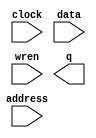
// megafunction wizard: %RAM: 1-PORT%VBB%
// GENERATION: STANDARD
// VERSION: WM1.0
// MODULE: altsyncram 

// ============================================================
// Megafunction Name(s):
// 			altsyncram
//
// Simulation Library Files(s):
// 			altera_mf
// ============================================================
// ************************************************************
// THIS IS A WIZARD-GENERATED FILE. DO NOT EDIT THIS FILE!
//
// 15.0.0 Build 145 04/22/2015 SJ Full Version
// ************************************************************

//Copyright (C) 1991-2015 Altera Corporation. All rights reserved.
//Your use of Altera Corporation's design tools, logic functions 
//and other software and tools, and its AMPP partner logic 
//functions, and any output files from any of the foregoing 
//(including device programming or simulation files), and any 
//associated documentation or information are expressly subject 
//to the terms and conditions of the Altera Program License 
//Subscription Agreement, the Altera Quartus II License Agreement,
//the Altera MegaCore Function License Agreement, or other 
//applicable license agreement, including, without limitation, 
//that your use is for the sole purpose of programming logic 
//devices manufactured by Altera and sold by Altera or its 
//authorized distributors.  Please refer to the applicable 
//agreement for further details.

module ZeroIm (
	address,
	clock,
	data,
	wren,
	q);

	input	[8:0]  address;
	input	  clock;
	input	[2:0]  data;
	input	  wren;
	output	[2:0]  q;
`ifndef ALTERA_RESERVED_QIS
// synopsys translate_off
`endif
	tri1	  clock;
`ifndef ALTERA_RESERVED_QIS
// synopsys translate_on
`endif

endmodule

// ============================================================
// CNX file retrieval info
// ============================================================
// Retrieval info: PRIVATE: ADDRESSSTALL_A NUMERIC "0"
// Retrieval info: PRIVATE: AclrAddr NUMERIC "0"
// Retrieval info: PRIVATE: AclrByte NUMERIC "0"
// Retrieval info: PRIVATE: AclrData NUMERIC "0"
// Retrieval info: PRIVATE: AclrOutput NUMERIC "0"
// Retrieval info: PRIVATE: BYTE_ENABLE NUMERIC "0"
// Retrieval info: PRIVATE: BYTE_SIZE NUMERIC "8"
// Retrieval info: PRIVATE: BlankMemory NUMERIC "0"
// Retrieval info: PRIVATE: CLOCK_ENABLE_INPUT_A NUMERIC "0"
// Retrieval info: PRIVATE: CLOCK_ENABLE_OUTPUT_A NUMERIC "0"
// Retrieval info: PRIVATE: Clken NUMERIC "0"
// Retrieval info: PRIVATE: DataBusSeparated NUMERIC "1"
// Retrieval info: PRIVATE: IMPLEMENT_IN_LES NUMERIC "0"
// Retrieval info: PRIVATE: INIT_FILE_LAYOUT STRING "PORT_A"
// Retrieval info: PRIVATE: INIT_TO_SIM_X NUMERIC "0"
// Retrieval info: PRIVATE: INTENDED_DEVICE_FAMILY STRING "Cyclone V"
// Retrieval info: PRIVATE: JTAG_ENABLED NUMERIC "0"
// Retrieval info: PRIVATE: JTAG_ID STRING "NONE"
// Retrieval info: PRIVATE: MAXIMUM_DEPTH NUMERIC "0"
// Retrieval info: PRIVATE: MIFfilename STRING "./Numbers/Zero.mif"
// Retrieval info: PRIVATE: NUMWORDS_A NUMERIC "512"
// Retrieval info: PRIVATE: RAM_BLOCK_TYPE NUMERIC "0"
// Retrieval info: PRIVATE: READ_DURING_WRITE_MODE_PORT_A NUMERIC "3"
// Retrieval info: PRIVATE: RegAddr NUMERIC "1"
// Retrieval info: PRIVATE: RegData NUMERIC "1"
// Retrieval info: PRIVATE: RegOutput NUMERIC "0"
// Retrieval info: PRIVATE: SYNTH_WRAPPER_GEN_POSTFIX STRING "0"
// Retrieval info: PRIVATE: SingleClock NUMERIC "1"
// Retrieval info: PRIVATE: UseDQRAM NUMERIC "1"
// Retrieval info: PRIVATE: WRCONTROL_ACLR_A NUMERIC "0"
// Retrieval info: PRIVATE: WidthAddr NUMERIC "9"
// Retrieval info: PRIVATE: WidthData NUMERIC "3"
// Retrieval info: PRIVATE: rden NUMERIC "0"
// Retrieval info: LIBRARY: altera_mf altera_mf.altera_mf_components.all
// Retrieval info: CONSTANT: CLOCK_ENABLE_INPUT_A STRING "BYPASS"
// Retrieval info: CONSTANT: CLOCK_ENABLE_OUTPUT_A STRING "BYPASS"
// Retrieval info: CONSTANT: INIT_FILE STRING "./Numbers/Zero.mif"
// Retrieval info: CONSTANT: INTENDED_DEVICE_FAMILY STRING "Cyclone V"
// Retrieval info: CONSTANT: LPM_HINT STRING "ENABLE_RUNTIME_MOD=NO"
// Retrieval info: CONSTANT: LPM_TYPE STRING "altsyncram"
// Retrieval info: CONSTANT: NUMWORDS_A NUMERIC "512"
// Retrieval info: CONSTANT: OPERATION_MODE STRING "SINGLE_PORT"
// Retrieval info: CONSTANT: OUTDATA_ACLR_A STRING "NONE"
// Retrieval info: CONSTANT: OUTDATA_REG_A STRING "UNREGISTERED"
// Retrieval info: CONSTANT: POWER_UP_UNINITIALIZED STRING "FALSE"
// Retrieval info: CONSTANT: READ_DURING_WRITE_MODE_PORT_A STRING "NEW_DATA_NO_NBE_READ"
// Retrieval info: CONSTANT: WIDTHAD_A NUMERIC "9"
// Retrieval info: CONSTANT: WIDTH_A NUMERIC "3"
// Retrieval info: CONSTANT: WIDTH_BYTEENA_A NUMERIC "1"
// Retrieval info: USED_PORT: address 0 0 9 0 INPUT NODEFVAL "address[8..0]"
// Retrieval info: USED_PORT: clock 0 0 0 0 INPUT VCC "clock"
// Retrieval info: USED_PORT: data 0 0 3 0 INPUT NODEFVAL "data[2..0]"
// Retrieval info: USED_PORT: q 0 0 3 0 OUTPUT NODEFVAL "q[2..0]"
// Retrieval info: USED_PORT: wren 0 0 0 0 INPUT NODEFVAL "wren"
// Retrieval info: CONNECT: @address_a 0 0 9 0 address 0 0 9 0
// Retrieval info: CONNECT: @clock0 0 0 0 0 clock 0 0 0 0
// Retrieval info: CONNECT: @data_a 0 0 3 0 data 0 0 3 0
// Retrieval info: CONNECT: @wren_a 0 0 0 0 wren 0 0 0 0
// Retrieval info: CONNECT: q 0 0 3 0 @q_a 0 0 3 0
// Retrieval info: GEN_FILE: TYPE_NORMAL ZeroIm.v TRUE
// Retrieval info: GEN_FILE: TYPE_NORMAL ZeroIm.inc FALSE
// Retrieval info: GEN_FILE: TYPE_NORMAL ZeroIm.cmp FALSE
// Retrieval info: GEN_FILE: TYPE_NORMAL ZeroIm.bsf FALSE
// Retrieval info: GEN_FILE: TYPE_NORMAL ZeroIm_inst.v FALSE
// Retrieval info: GEN_FILE: TYPE_NORMAL ZeroIm_bb.v TRUE
// Retrieval info: LIB_FILE: altera_mf